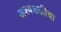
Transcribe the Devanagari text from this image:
अश्वशक्तीचा